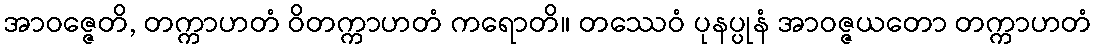
အာဝဇ္ဇေတိ, တက္ကာဟတံ ဝိတက္ကာဟတံ ကရောတိ။ တဿေဝံ ပုနပ္ပုနံ အာဝဇ္ဇယတော တက္ကာဟတံ